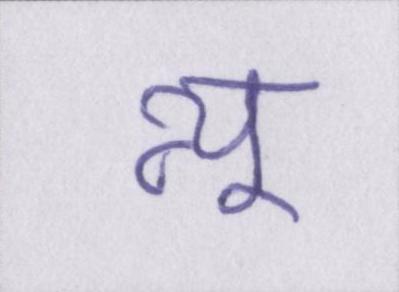
न्यू